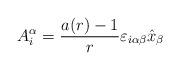
LaTeX: \begin{align*}A^{\alpha}_i =\frac{a(r)-1}{r} \varepsilon_{i\alpha \beta} \hat x_{\beta}\end{align*}